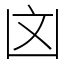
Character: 㓙